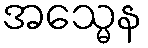
အသ္မေန